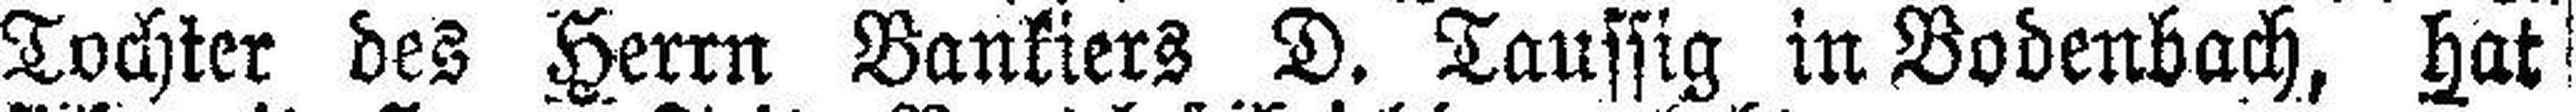
Tochter des Herrn Bankiers D. Taussig in Bodenbach, hat